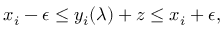
x _ { i } - \epsilon \le y _ { i } ( \boldsymbol { \lambda } ) + z \le x _ { i } + \epsilon ,